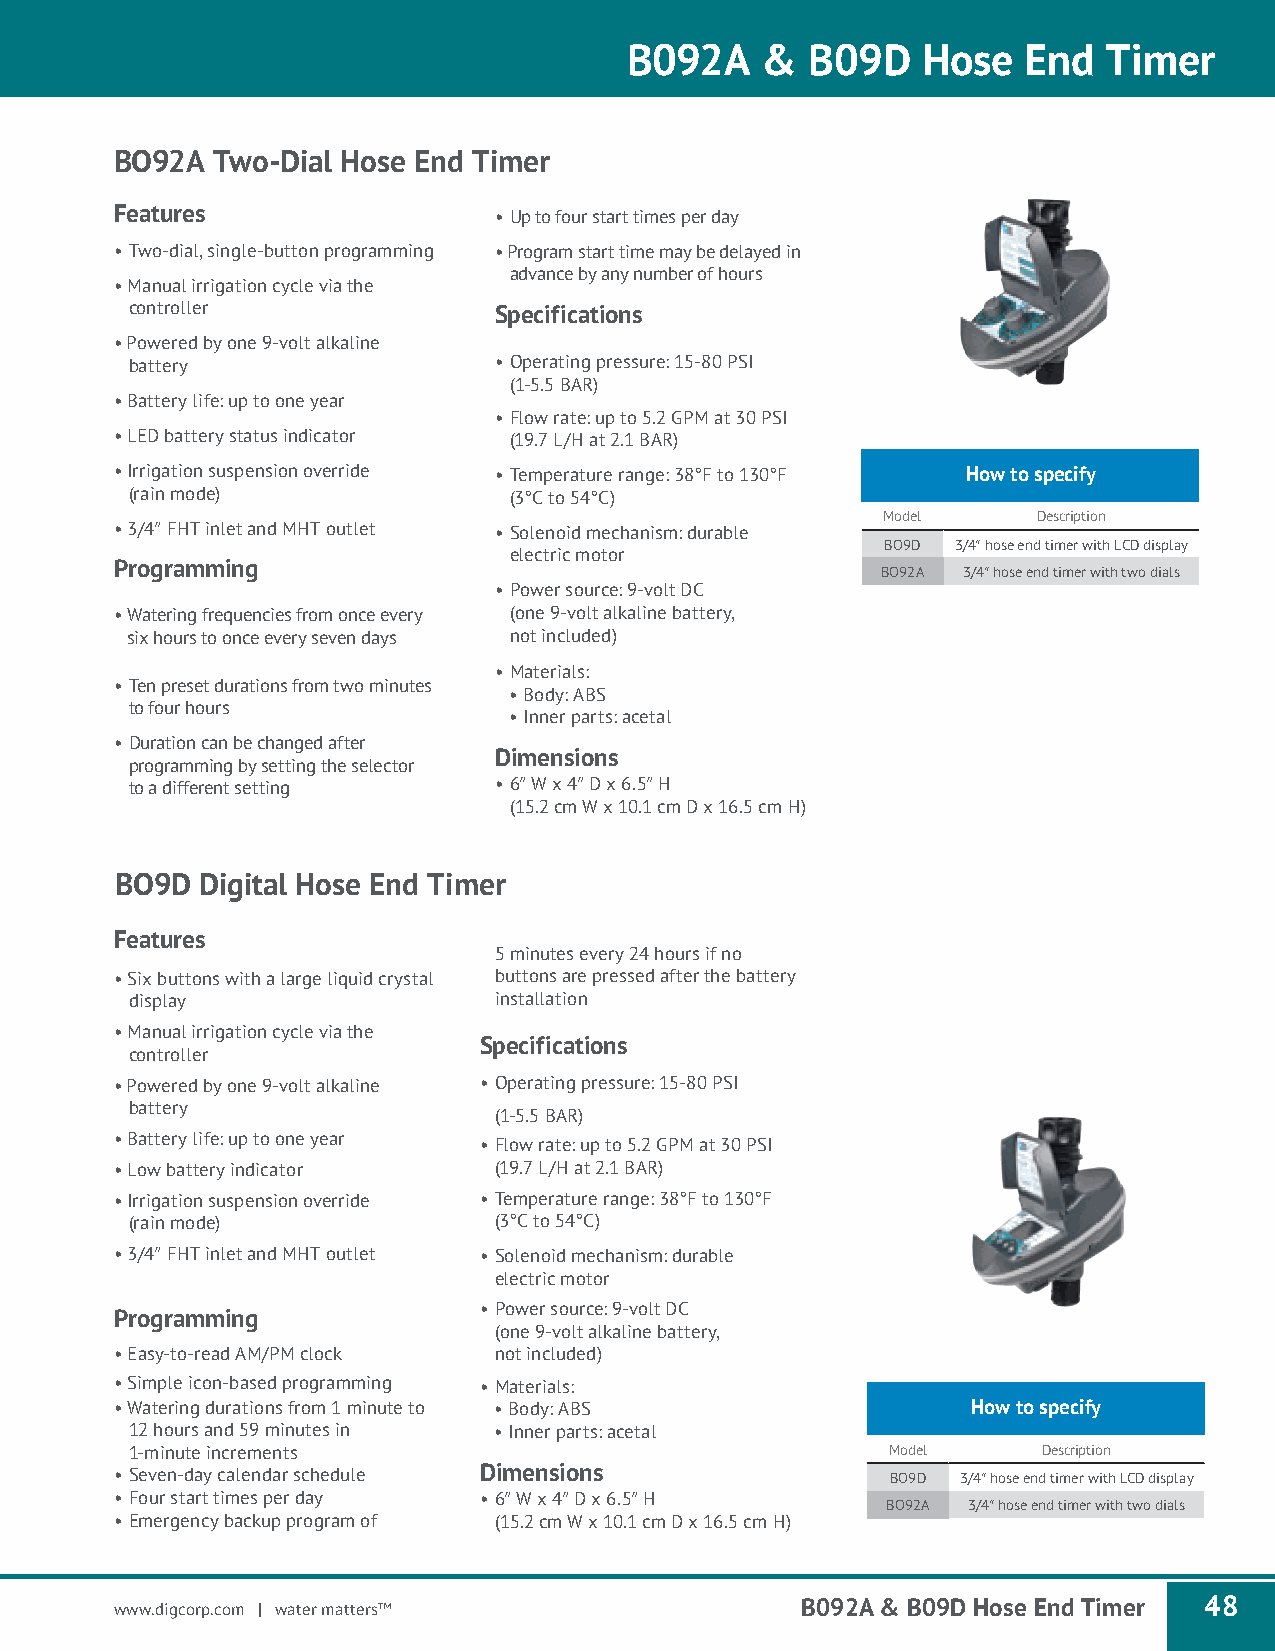
B092A    &   B09D   Hose   End  Timer
 BO92A Two-Dial Hose End Timer
 Features                 • Up to four start times per day
 • Two-dial, single-button programming • Program start time may be delayed in
 advance by any number of hours
 • Manual irrigation cycle via the
 controller              Specifications
 • Powered by one 9-volt alkaline
 battery                 • Operating pressure: 15-80 PSI
 (1-5.5 BAR)
 • Battery life: up to one year
 • Flow rate: up to 5.2 GPM at 30 PSI
 • LED battery status indicator (19.7 L/H at 2.1 BAR)
 • Irrigation suspension override • Temperature range: 38°F to 130°F How to specify
 (rain mode)              (3°C to 54°C)
 Model      Description
 • 3/4″ FHT inlet and MHT outlet • Solenoid mechanism: durable
 BO9D 3/4″ hose end timer with LCD display
 electric motor
 Programming
 BO92A 3/4″ hose end timer with two dials
 • Power source: 9-volt DC
 • Watering frequencies from once every (one 9-volt alkaline battery,
 six hours to once every seven days not included)
 • Materials:
 • Ten preset durations from two minutes
 • Body: ABS
 to four hours
 • Inner parts: acetal
 • Duration can be changed after
 Dimensions
 programming by setting the selector
 to a different setting  • 6″ W x 4″ D x 6.5″ H
 (15.2 cm W x 10.1 cm D x 16.5 cm H)
 BO9D Digital Hose End Timer
 Features
 5 minutes every 24 hours if no
 • Six buttons with a large liquid crystal buttons are pressed after the battery
 display                 installation
 • Manual irrigation cycle via the
 Specifications
 controller
 • Powered by one 9-volt alkaline • Operating pressure: 15-80 PSI
 battery
 (1-5.5 BAR)
 • Battery life: up to one year • Flow rate: up to 5.2 GPM at 30 PSI
 • Low battery indicator  (19.7 L/H at 2.1 BAR)
 • Irrigation suspension override • Temperature range: 38°F to 130°F
 (rain mode)             (3°C to 54°C)
 • 3/4″ FHT inlet and MHT outlet • Solenoid mechanism: durable
 electric motor
 • Power source: 9-volt DC
 Programming
 (one 9-volt alkaline battery,
 • Easy-to-read AM/PM clock not included)
 • Simple icon-based programming • Materials:
 • Watering durations from 1 minute to • Body: ABS       How to specify
 12 hours and 59 minutes in • Inner parts: acetal
 1-minute increments                               Model     Description
 • Seven-day calendar schedule Dimensions           BO9D 3/4″ hose end timer with LCD display
 • Four start times per day • 6″ W x 4″ D x 6.5″ H
 BO92A 3/4″ hose end timer with two dials
 • Emergency backup program of (15.2 cm W x 10.1 cm D x 16.5 cm H)
 www.digcorp.com | water matters™             B092A & B09D Hose End Timer 48